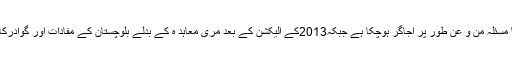
جس کے جرات مندانہ موقف سے بلوچستا ن کا مسئلہ من و عن طور پر اجاگر ہوچکا ہے جبکہ2013کے الیکشن کے بعد مری معاہد ہ کے بدلے بلوچستان کے مفادات اور گوادرکا سودا لگا گیا جس کے زخم آج بھی موجود ہیں۔